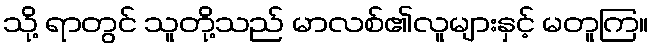
သို့ ရာတွင် သူတို့သည် မာလစ်၏လူများနှင့် မတူကြ။